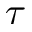
\tau